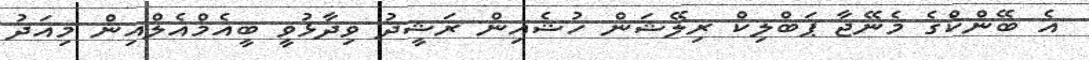
އެ ބޭންކްގެ މެނޭޖާ ޕަބްލިކް ރިލޭޝަން ހުޝެއިން ރަޝީދު ވިދާޅުވީ ބީއެމްއެލްއިން މިއަދު